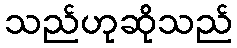
သည်ဟုဆိုသည်